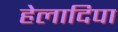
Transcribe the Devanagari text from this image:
हेलादिपा